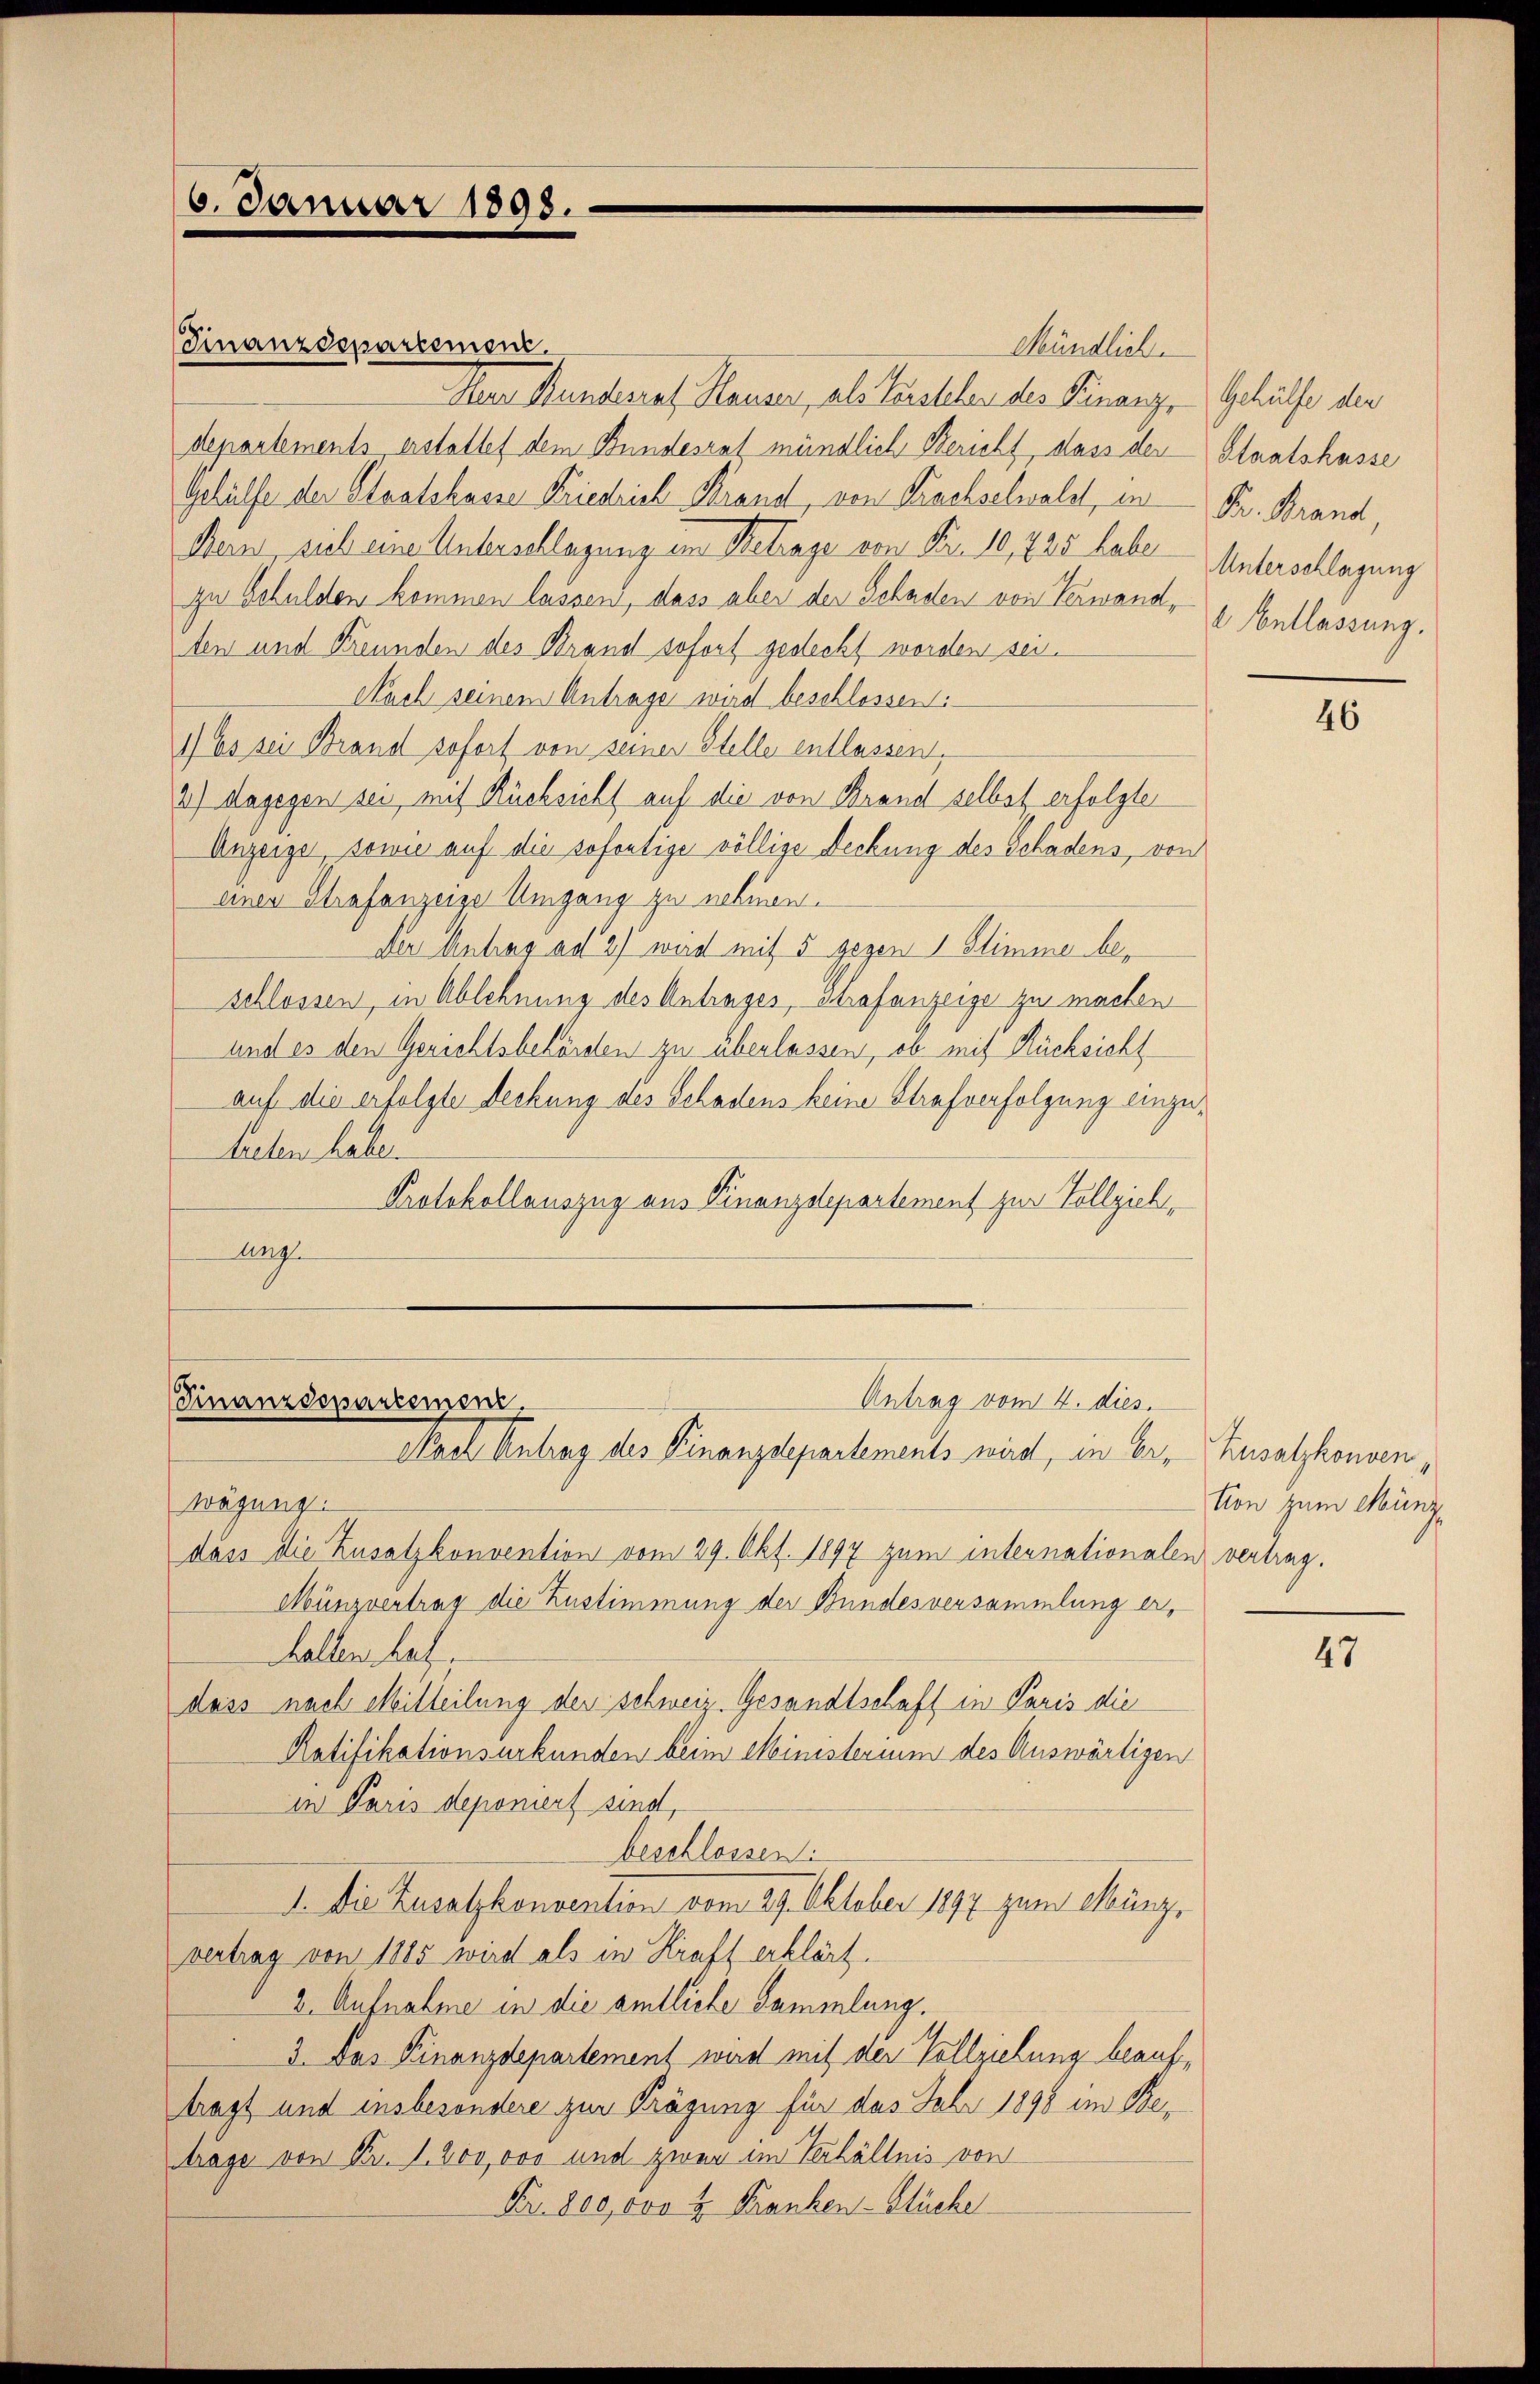
Finanzdepartement.
Ie Kunderat Klauen, als Zustehen des Finanze Gehäufe der
departements erstattet dem Bundesrat mündlich Bericht, dass der Staatskasse
Gehülfe der Staatskasse Kriedrich Brand, von Krachselwaldt, in Fr. Brand,
Bern, sich eine Unterschlagung im Betrage von Fr. 10,725 habe Unterschlagung
zu Schulden kommen lassen, dass aber der Schaden von Verwand,
ten und Freunden des Brand sofort gesteckt worden sei.
Nach seinem Antrage wird beschlossen:
1) Es sei Brand sofort von seiner Stelle entlassen,
2) dagegen sei mit Rücksicht auf die von Brand selbst erfolgter
Anzeige, sowie auf die sofortige völlige Deckung des Schädens, von
einer Strafanzeige Umgang zu nehmen.
Der Antrag ad 2) wird mit 5 gegen 1 Stimme beschlossen, in Ablehnung des Antrages, Strafanzeige zu machen
und es den Gerichtsbehörden zu überlassen, ob mit Rücksicht
auf die erfolgte Rechung des Schadens keine Strafverfolgung einzututen haben
Protokollauszug aus Finanzdepartement zur Vollzieh
Ang

16. Januar 1898.

Antrag vom 4. dies
Finanzdepartemen,
Nach Antrag des Finanzdepartements wird, in bei iusalphonnen

wägung.
dass die Zusatzkonvention vom 29. Okt. 1897 zum internationalen vertrag.
Münzvertrag die Zustimmung der Bundesversammlung erhalten hat.
dass nach Mitteilung der schweiz. Gesandtschaft in Paris die
Ratifikationsurkunden beim Ministerium des Auswärtigen
in Paris deponiert sind,
beschlossen
1. Die Zusatzkonvention vom 27. Oktober 1897 zum Minzvertrag von 1815 wird als in Kraft erklärt.
2. Aufnahme in die amtliche Sammlung.
3. Das Finanzdepartement wird mit der Vollziehung beauftragt und insbesondere zur Krägung für das Jahr 1898 im Betrage von Fr. 1. 800,000 und zwar im Verhältnis von
Fr. 800,000 u. Franken- Stücke

Mündlich.

Entlassung.

46

tion zum Münz

47